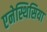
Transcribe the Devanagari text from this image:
एनेस्थिसिया